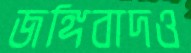
জঙ্গিবাদও